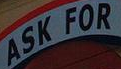
ASK FOR